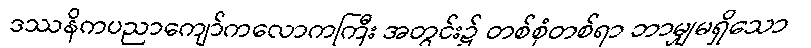
ဒဿနိကပညာကျော်ကလောကကြီး အတွင်း၌ တစ်စုံတစ်ရာ ဘာမျှမရှိသော